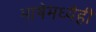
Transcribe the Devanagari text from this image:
भाषेमध्येही